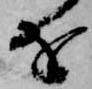
を